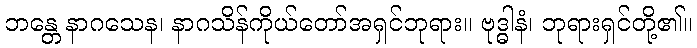
ဘန္တေ နာဂသေန၊ နာဂသိန်ကိုယ်တော်အရှင်ဘုရား။ ဗုဒ္ဓါနံ၊ ဘုရားရှင်တို့၏။